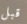
قبل